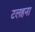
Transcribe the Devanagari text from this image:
टलहना